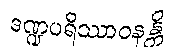
ဒဏ္ဍပရိဿာဝနန္တိ